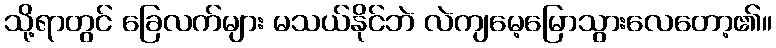
သို့ရာတွင် ခြေလက်များ မသယ်နိုင်ဘဲ လဲကျမေ့မြောသွားလေတော့၏။